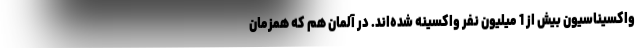
واکسیناسیون بیش از 1 میلیون نفر واکسینه شده‌اند. در آلمان هم که همزمان